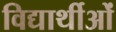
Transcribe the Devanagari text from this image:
विद्यार्थीओं